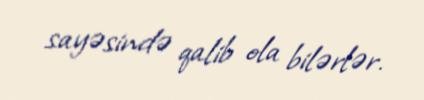
sayəsində qalib ola bilərlər.